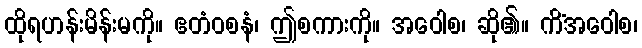
ထိုရဟန်းမိန်းမကို။ ဧတံဝစနံ၊ ဤစကားကို။ အဝေါစ၊ ဆို၏။ ကိံအဝေါစ၊